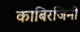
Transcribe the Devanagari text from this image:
काबिरजिनी